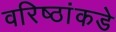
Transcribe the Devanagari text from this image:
वरिष्ठांकडे